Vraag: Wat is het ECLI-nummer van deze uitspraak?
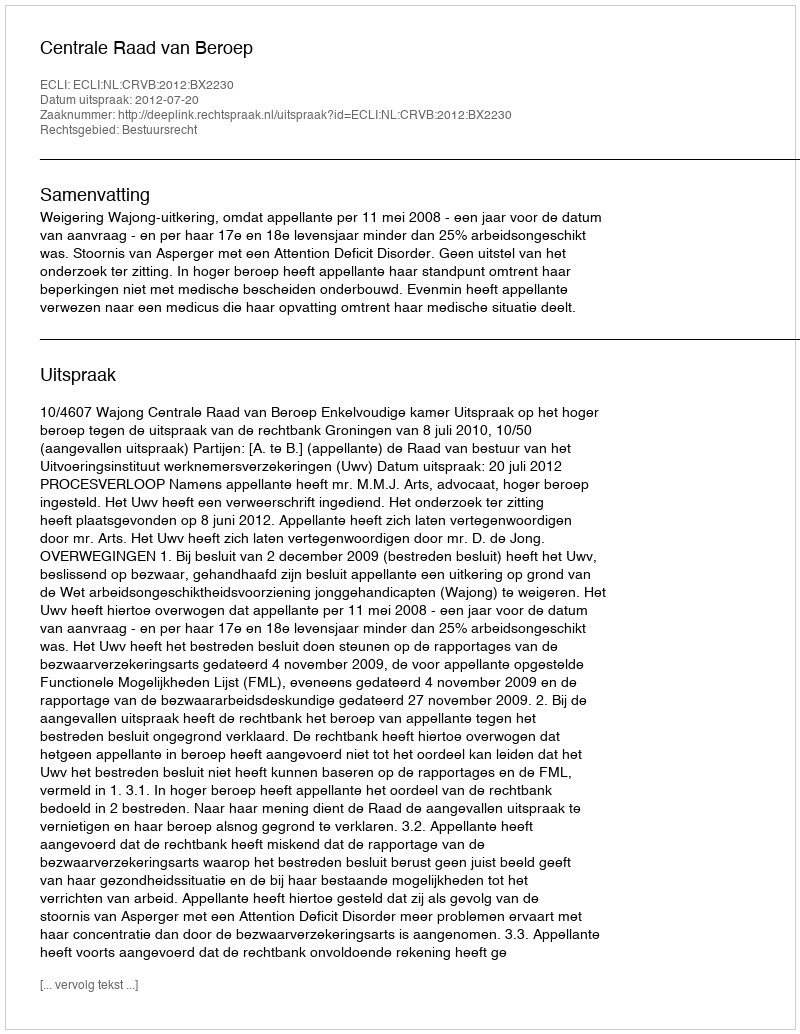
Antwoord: ECLI:NL:CRVB:2012:BX2230